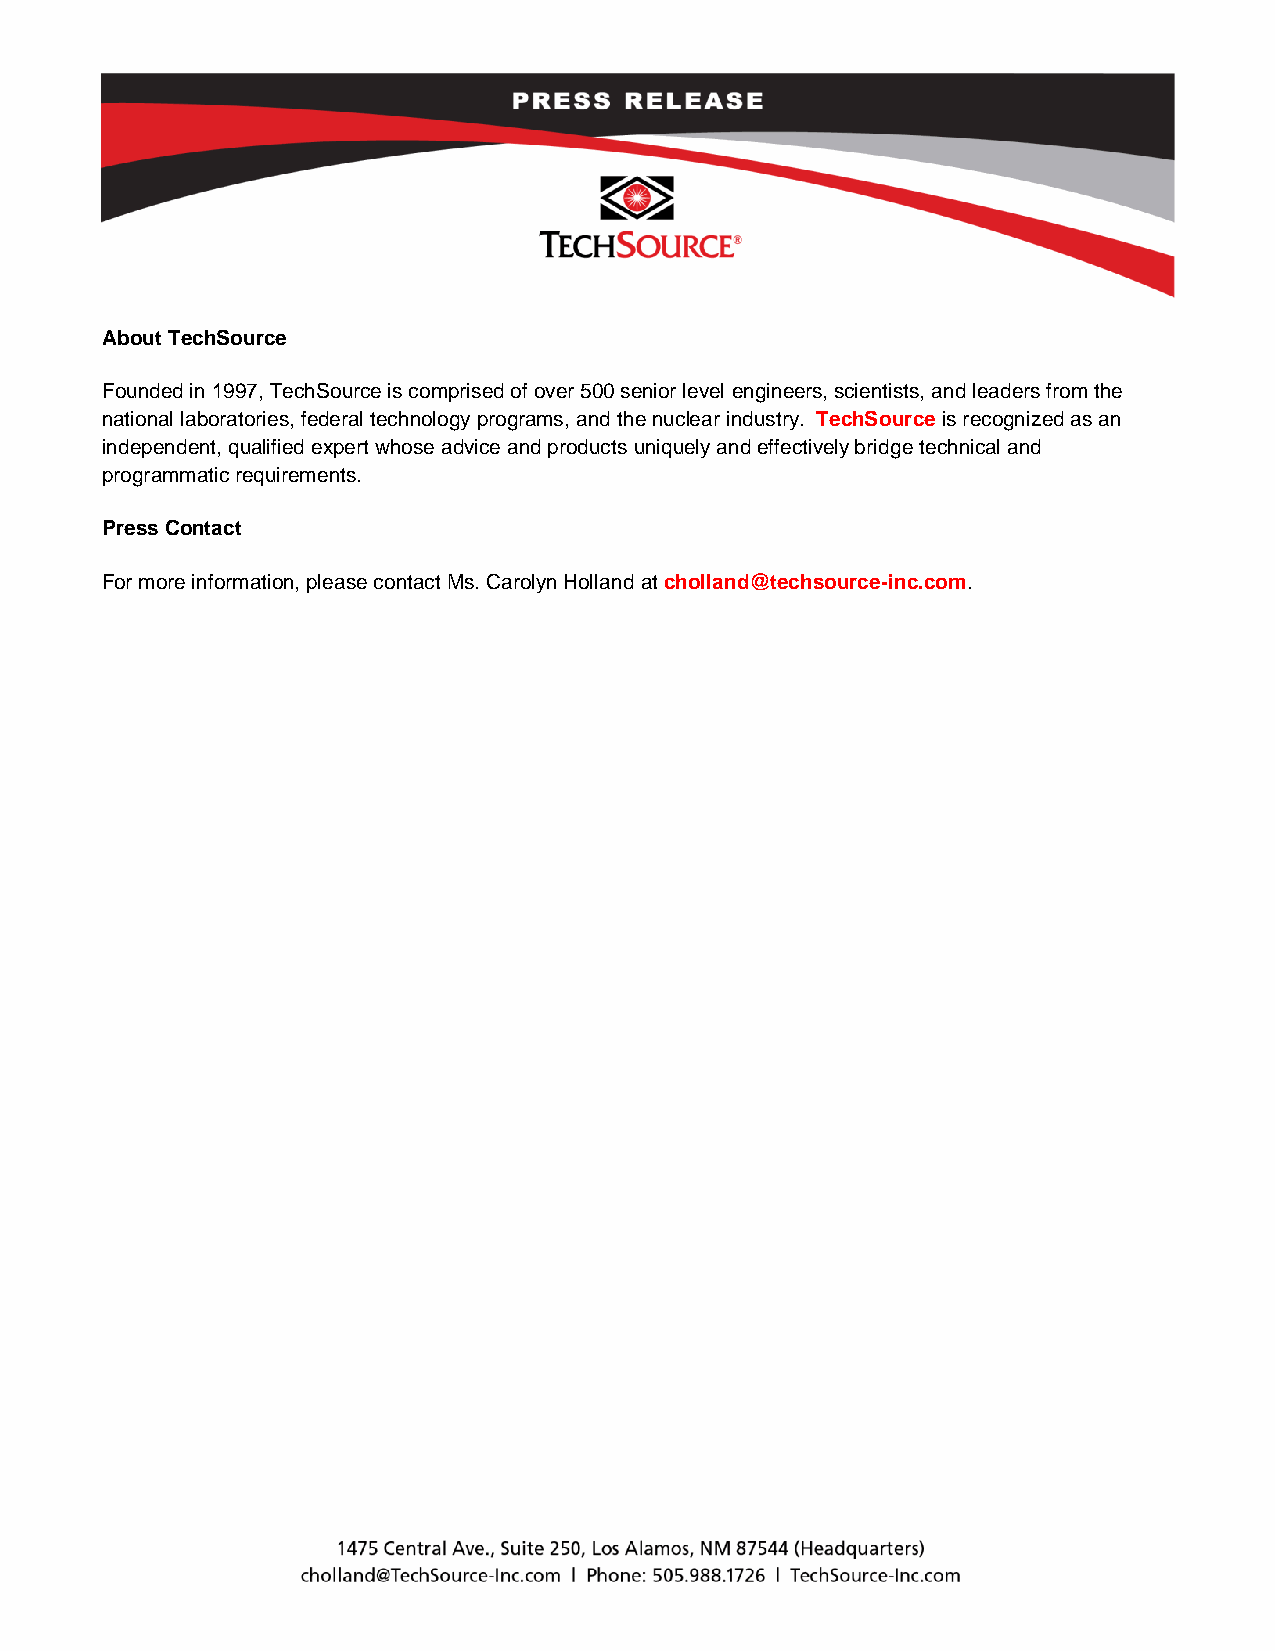
About TechSource
 Founded in 1997, TechSource is comprised of over 500 senior level engineers, scientists, and leaders from the
 national laboratories, federal technology programs, and the nuclear industry. TechSource is recognized as an
 independent, qualified expert whose advice and products uniquely and effectively bridge technical and
 programmatic requirements.
 Press Contact
 For more information, please contact Ms. Carolyn Holland at cholland@techsource-inc.com.